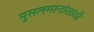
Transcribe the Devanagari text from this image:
मुसलमानांसाठी